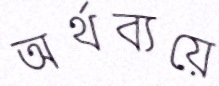
অর্থব্যয়ে